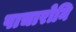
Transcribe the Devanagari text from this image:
पाचारोनि